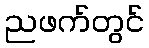
ညဖက်တွင်